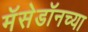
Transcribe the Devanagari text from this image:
मॅसेडॉनच्या